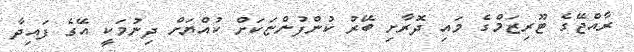
ރާއްޖޭގެ ޓޫރިޒަމްގެ މައި ދޮރާށި ބޭރު ކުންފުންޏަކަށް ކުއްޔަށް ދިނުމަކީ އޭގެ ފައިދާ